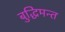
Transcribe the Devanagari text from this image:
बुद्धिमन्त